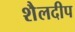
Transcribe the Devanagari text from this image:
शैलदीप